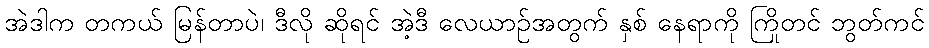
အဲဒါက တကယ် မြန်တာပဲ၊ ဒီလို ဆိုရင် အဲ့ဒီ လေယာဉ်အတွက် နှစ် နေရာကို ကြိုတင် ဘွတ်ကင်